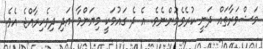
މަޝްވަރާތައް ދަނީ ކުރެވެމުންނެވެ. އެ ދެ ގައުމަކީ މިޔަންމާ އަދި ދިވެހިރާއްޖެ އެވެ.